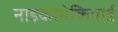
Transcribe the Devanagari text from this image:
नाइकोमेकियाई